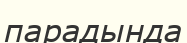
парадында